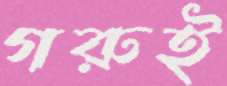
গরুই